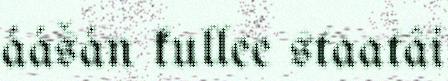
áášán kullee staatâi